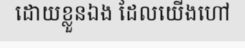
ដោយខ្លួនឯង ដែលយើងហៅ